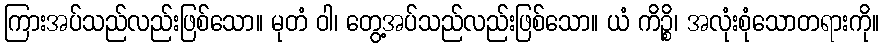
ကြားအပ်သည်လည်းဖြစ်သော။ မုတံ ဝါ၊ တွေ့အပ်သည်လည်းဖြစ်သော။ ယံ ကိဉ္စိ၊ အလုံးစုံသောတရားကို။